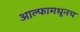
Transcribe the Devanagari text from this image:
आल्फामधूनच